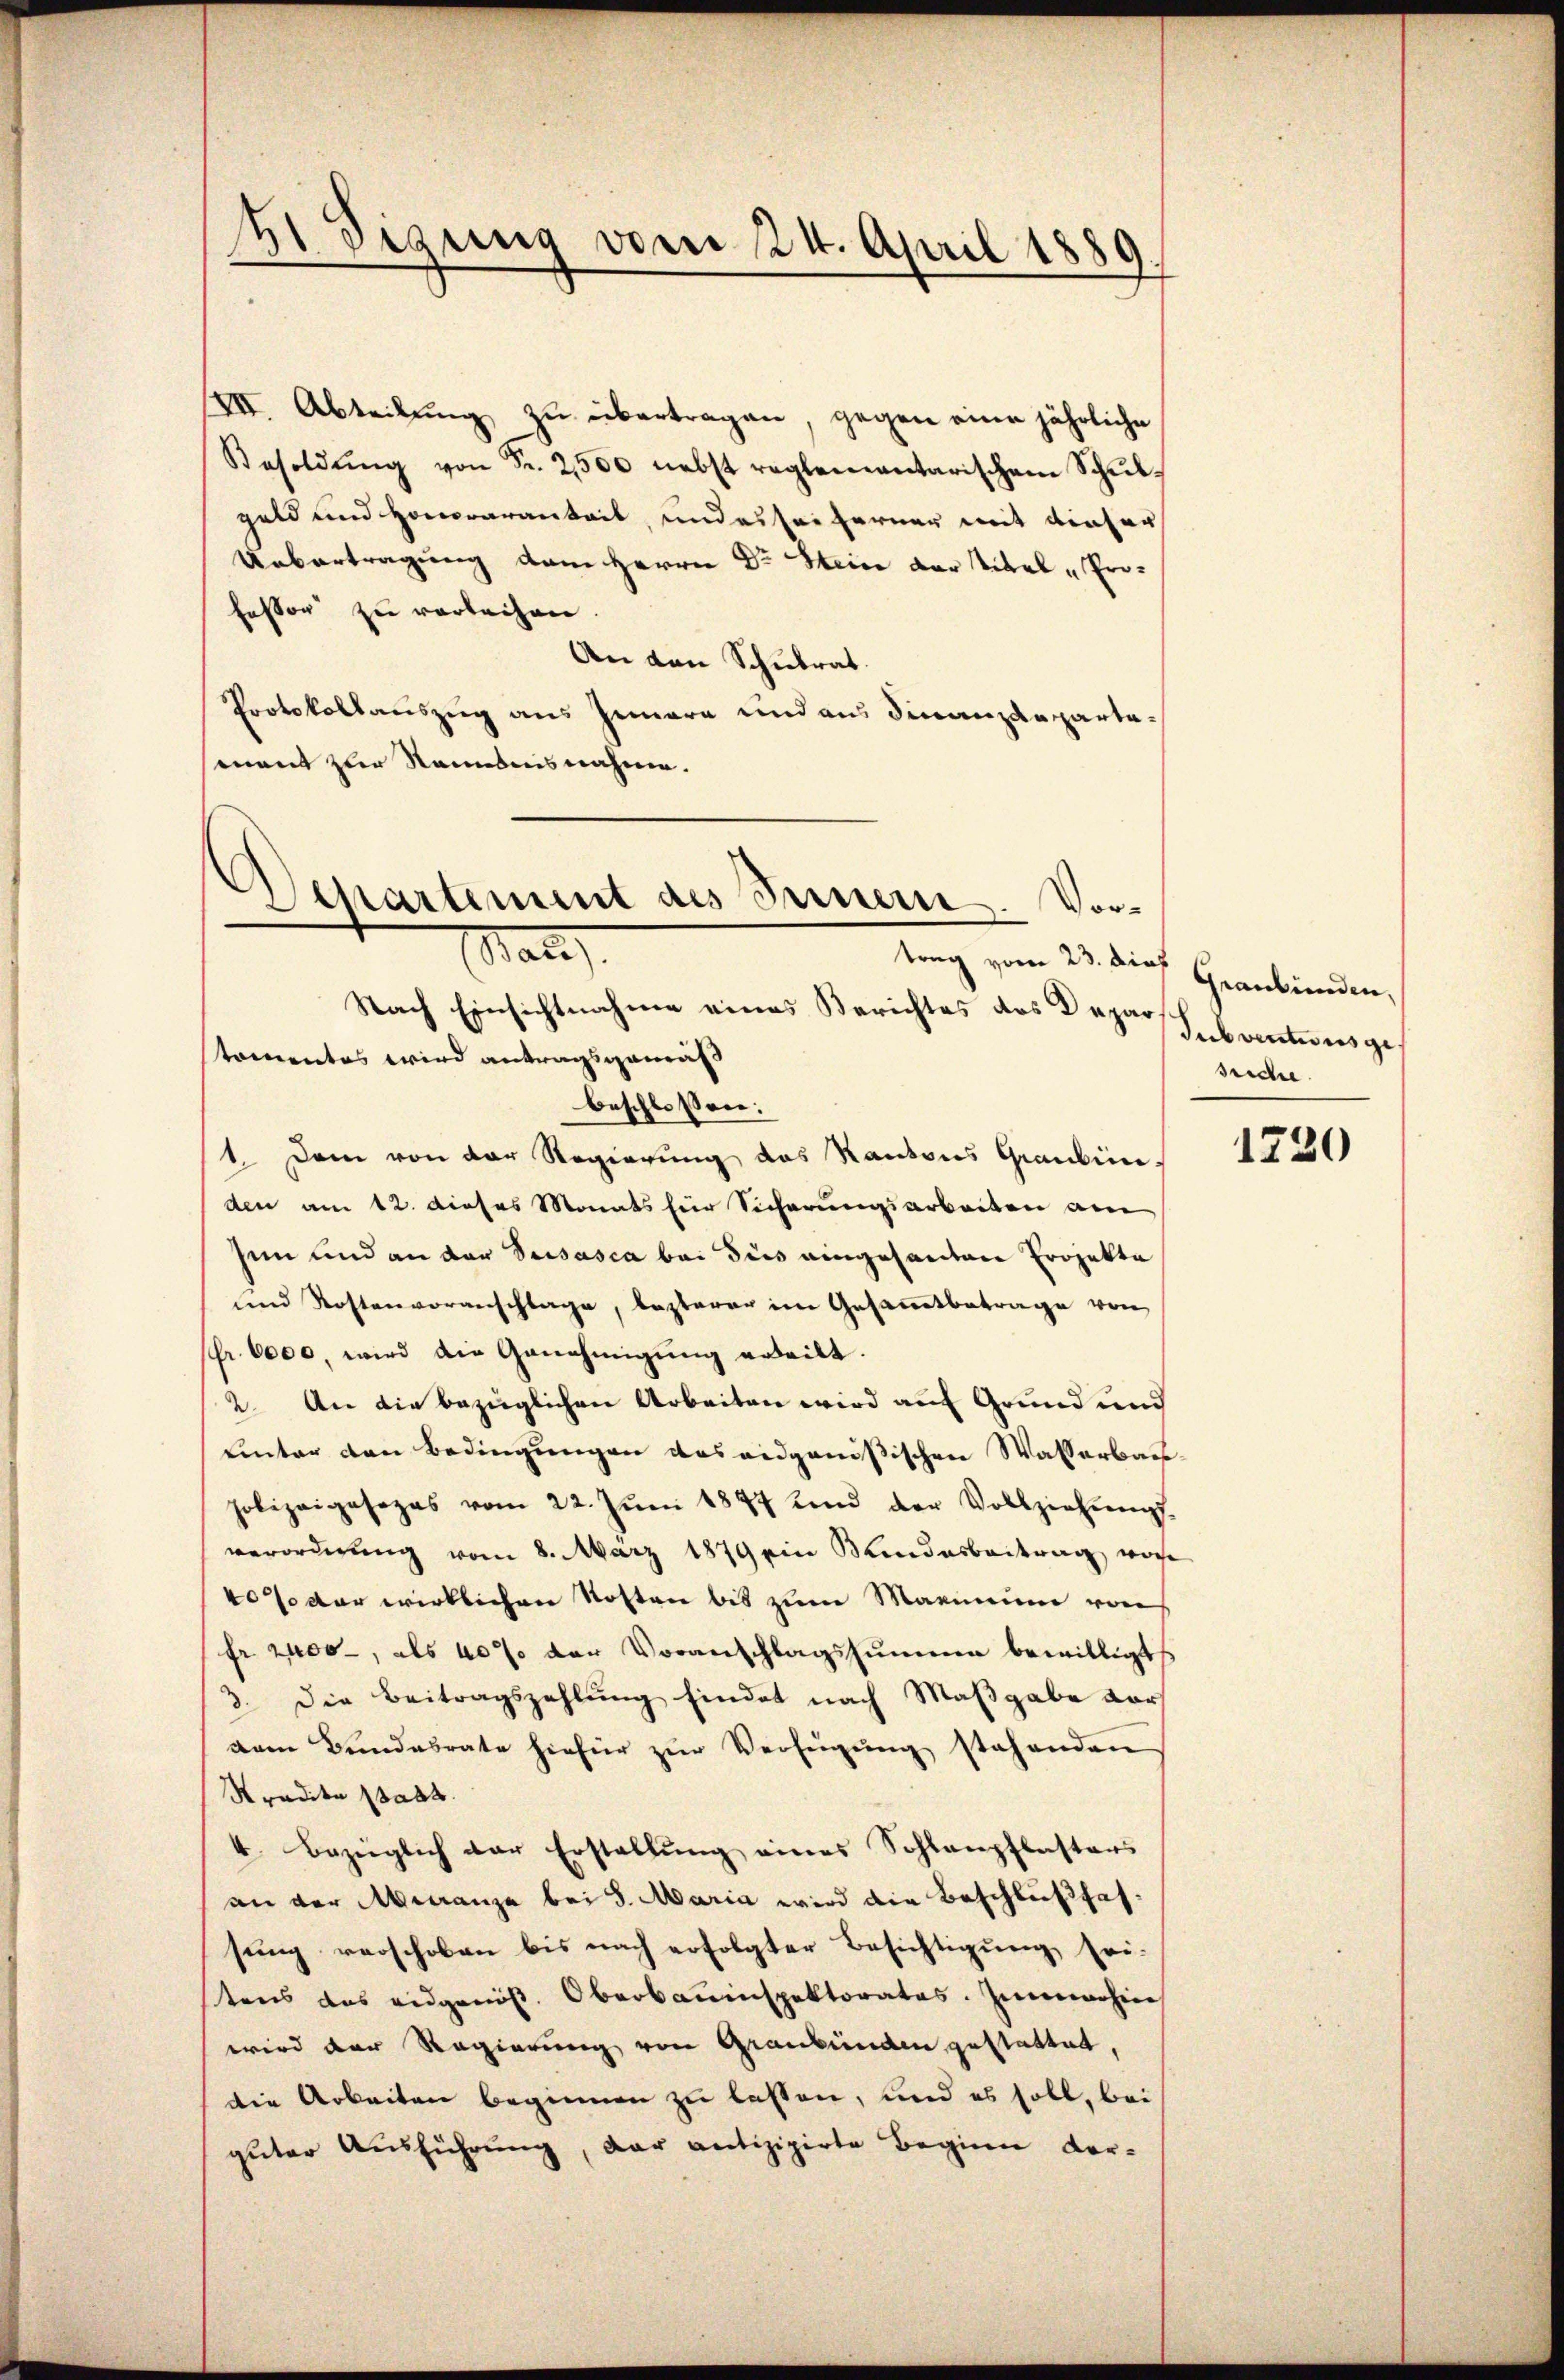
VII. Abteilŭng zŭ übertragen, gegen eine jährliche
Besoldŭng von Fr. 2500 nebst reglementarischem Schŭl-
geld und Honoraramkeit, und es sei ferner mit dieser
Uebertragung dem Herrn Dr Stein der Titel „Professor zu verleihen.
An den Schulrat.
Protokollauszug aus Innern und aus Finanzdeparta-
ment zur Namens nahme.

E digung vom 24. April 1889

Departement des Seinern. Vor¬
Mate
trag vom 23. dieß

Nach Einsichtnahme eines Berichtes des Depar
tomentes wird antragsgemäß
beschlossen:
1. Dem von der Regierŭng des Kantons Grauben.
den am 12. dieses Monats für Sicherungsarbeiten am
Ien und an der Versasca bei dies eingesanten Projekte
und Kostenvoranschlage, lezterer im Gesaṁtbetrage von
(fr. 6000, wird die Genehmigung ertheilt.
2. An die bezüglichen Arbeiten wird auf Grund und
uinter den Bedingungen das eidgenößischen Wasserbaupolizeigesezes vom 22. Jŭni 1877 und der Vollziehŭngs-
verordnŭng vom 8. März 1879 ein Kindesbeitrag, von
40 so dar wirklichen Kosten bis zum Maximum von
fr. 2000, als 40% der Voranschlagssumme bewilligt
3. Die Beitragszahlung findet nach Maßgabe vor
vam Bundesrate hiefür zŭr Verfügŭng stehenden
Stradita part.
4 Bezüglich der Erstellŭng eines Schlanpflasters
an der Manze bei 5. Maria wird die Beschlußfassung verschoben bis nach erfolgter Besichtigung sei.
stens das eidgenöß. Oberbauinspektorates. Zimmerhin
wird der Regierung von Graubünden gestattet,
die Arbeiten beginnen zu lassen, und es soll, bei
guter Ausführung, der antizipirte Beginn dor¬

Graubünden.
Subventionsge
srichte.

1730